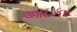
આઇકર